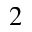
^ 2